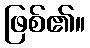
ဖြစ်၏။